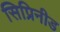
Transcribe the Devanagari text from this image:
सिप्रिनीड